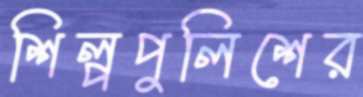
শিল্পপুলিশের